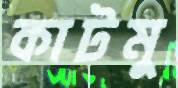
কাটমু